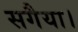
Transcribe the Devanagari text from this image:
सगैया।